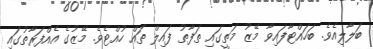
ބަލާލިއެވެ. ބަހައްޓާފައިވާ މޭޒު މަތީގައި ތަފާތު ފައިލް ތައް ހުއްޓެވެ. މޭޒުގެ އެއްފަރާތުގައި